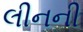
લીનની